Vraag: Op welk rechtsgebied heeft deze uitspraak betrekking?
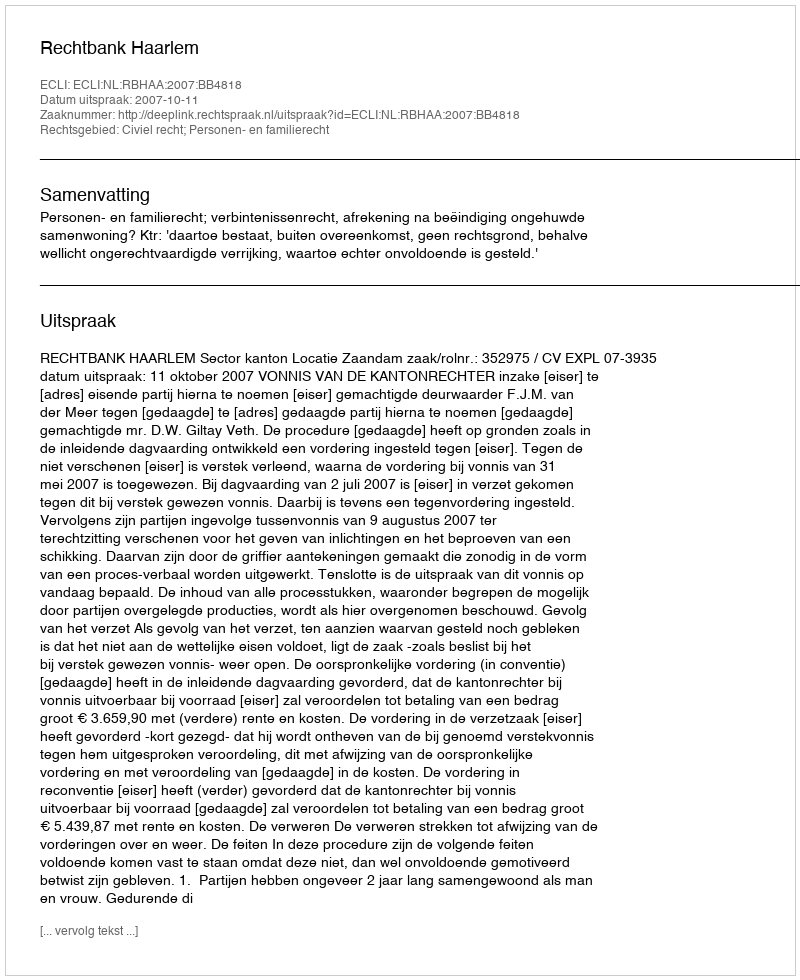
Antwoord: Civiel recht; Personen- en familierecht